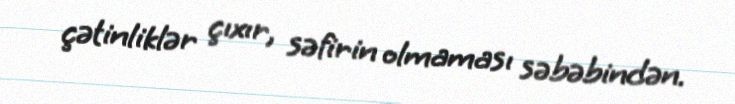
çətinliklər çıxır, səfirin olmaması səbəbindən.